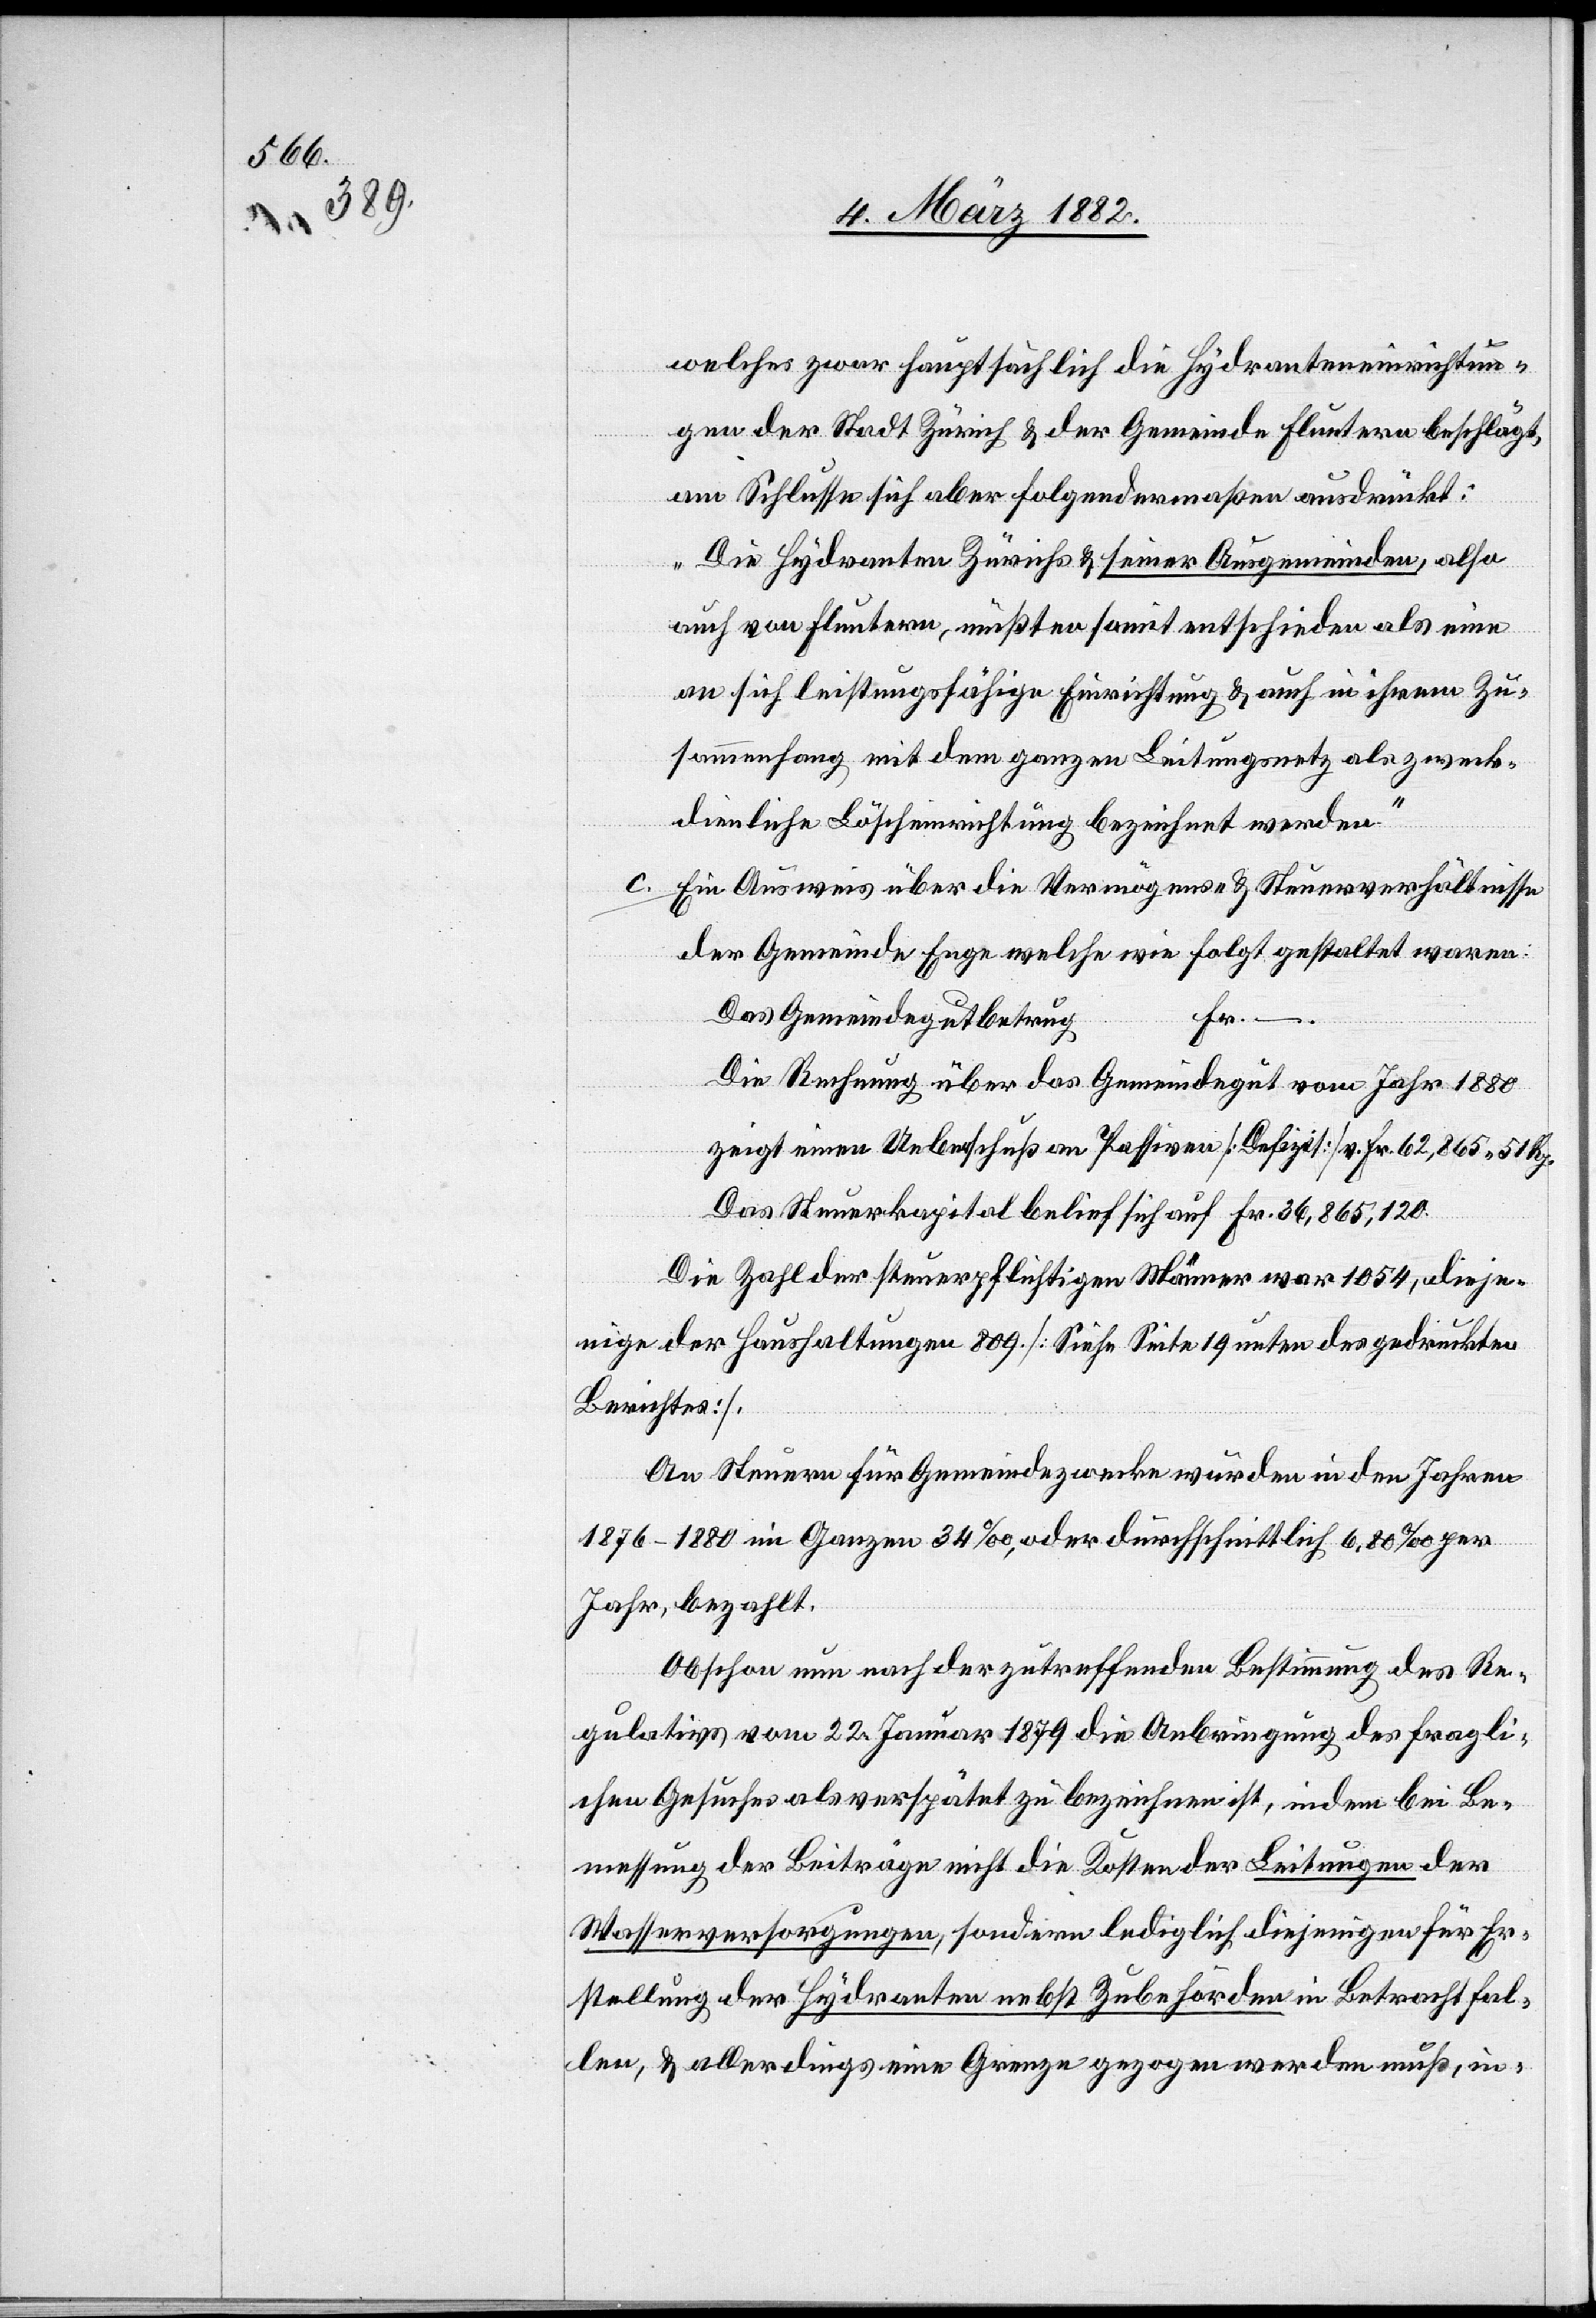
welches zwar hauptsächlich die Hydranteneinrichtun¬
gen der Stadt Zürich & der Gemeinde Fluntern beschlägt,
am Schlusse sich aber folgendermaßen ausdrückt:
„Die Hydranten Zürichs & seiner Ausgemeinden, also
auch von Fluntern, mußten somit entschieden als eine
an sich leistungsfähige Einrichtung & auch in ihrem Zu¬
sammenhang mit dem ganzen Leistungsnetz als zweck¬
dienliche Löscheinrichtung bezeichnet werden.“
c. Ein Ausweis über die Vermögens- & Steuerverhältnisse
der Gemeinde Enge welche wie folgt gestaltet waren:
Das Gemeindegut betrug
Die Rechnung über das Gemeindegut vom Jahr 1880
zeigt einen Ueberschuß an Passiven [Defizit] v. Fr. 62,865 51 Rp.
Das Steuerkapital belief sich auf Fr. 36,865,120.
Die Zahl der steuerpflichtigen Männer war 1054, dieje¬
nige der Haushaltungen 809 [Siehe Seite 19 unten des gedruckten
Berichtes].
An Steuern für Gemeindezwecke wurden in den Jahren
1876–1880 im Ganzen 34‰, oder durchschnittlich 6,80‰ per
Jahr, bezahlt.
Obschon nun nach der zutreffenden Bestimmung des Re¬
gulativs vom 22. Januar 1879 die Anbringung des fragli¬
chen Gesuches als verspätet zu bezeichnen ist, indem bei Be¬
messung der Beiträge nicht die Kosten der Leitungen der
Wasserversorgungen, sondern lediglich diejenigen für Er¬
stellung der Hydranten nebst Zubehörden in Betracht fal¬
len, & allerdings eine Grenze gezogen werden muß, in-